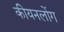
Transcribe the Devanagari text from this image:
कीयनलोंग